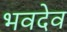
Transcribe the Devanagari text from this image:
भवदेव